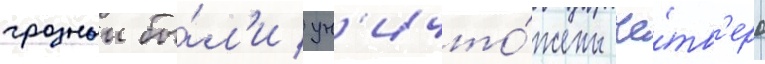
грозныи бы́л'и ун'ичто́жены че́тв'еро